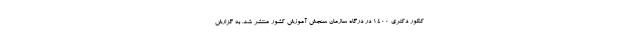
کنکور دکتری ۱۴۰۰ در درگاه سازمان سنجش آموزش کشور منتشر شد. به گزارش